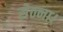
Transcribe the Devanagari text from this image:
सेठना।